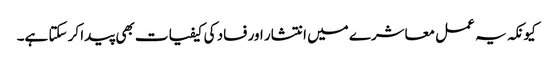
کیونکہ یہ عمل معاشرے میں انتشار اور فساد کی کیفیات بھی پیدا کر سکتا ہے۔